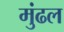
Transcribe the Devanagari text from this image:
मुंढल